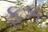
ફૂક